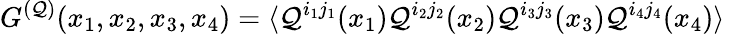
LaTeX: G^{({\cal\mathcal{Q}})}(x_{1},x_{2},x_{3},x_{4})=\langle{\cal\mathcal{Q}}^{i_{1}j_{1}}(x_{1}){\cal\mathcal{Q}}^{i_{2}j_{2}}(x_{2}){\cal\mathcal{Q}}^{i_{3}j_{3}}(x_{3}){\cal\mathcal{Q}}^{i_{4}j_{4}}(x_{4})\rangle\;